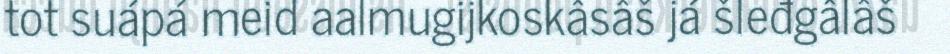
tot suápá meid aalmugijkoskâsâš já šleđgâlâš